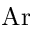
\mathrm { A r }